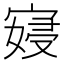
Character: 𫳮